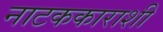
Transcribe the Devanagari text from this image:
नाटककाराशी